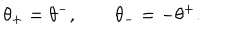
\theta _ { + } = \theta ^ { - } , \qquad \theta _ { - } = - \theta ^ { + } .